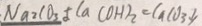
N a _ { 2 } C O _ { 3 } + C a ( O H ) _ { 2 } = C a C O _ { 3 } \downarrow